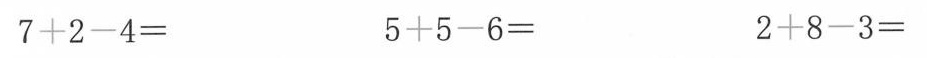
7+2-4= 5+5-6= 2+8-3=